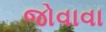
જોવાવા